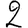
Digit: 2